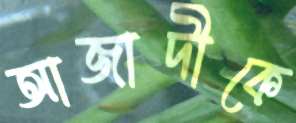
আজাদীকে